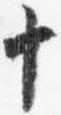
十